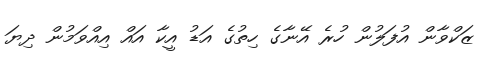
ޒަކްވާން އުފަލުން ހުރެ އޭނާގެ ހިތުގެ އަޑު އީކާ އައް އިއްވަމުން ދިޔަ